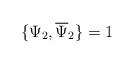
LaTeX: \begin{align*}\{\Psi_{2},\overline{\Psi}_{2}\}=1 \end{align*}